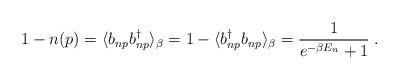
LaTeX: \begin{align*}1-n(p)=\langle b_{np} b_{np}^{\dag}\rangle_{\beta}=1- \langle b^{\dag}_{np} b_{np}\rangle_{\beta} =\frac {1} { e^{-\beta E_n}+1} \; .\end{align*}